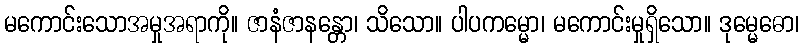
မကောင်းသောအမှုအရာကို။ ဇာနံဇာနန္တော၊ သိသော။ ပါပကမ္မော၊ မကောင်းမှုရှိသော။ ဒုမ္မေဓော၊